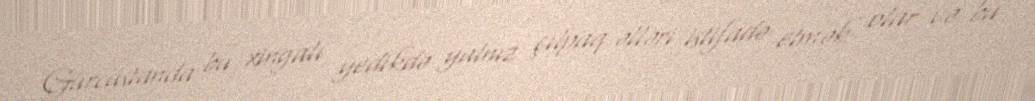
Gürcüstanda bu xingalı yedikdə yalnız çılpaq əlləri istifadə etmək olar və bu